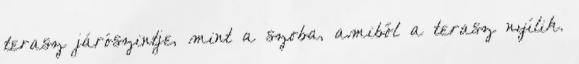
terasz járószintje, mint a szoba, amiből a terasz nyílik.